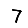
Digit: 7